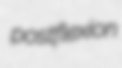
postflexion